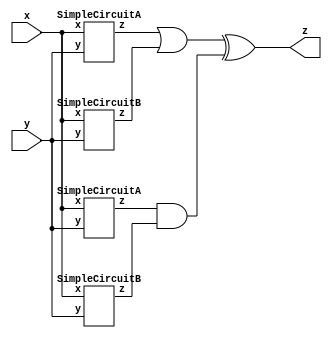
module top_module (input x, input y, output z);

    wire w1,w2,w3,w4,w5,w6;
    
    SimpleCircuitA A1 (x, y, w1);
    SimpleCircuitA A2 (x, y, w2);
    
    SimpleCircuitB B1 (x, y, w3);
    SimpleCircuitB B2 (x, y, w4);
    
    assign w5 = w1 || w3;
    assign w6 = w2 && w4;
    assign z = w5 ^ w6;
    
endmodule


module SimpleCircuitA (input x, input y, output z);

    assign z = (x ^ y) && x;
endmodule

module SimpleCircuitB ( input x, input y, output z );

    assign z = x ~^ y;
endmodule